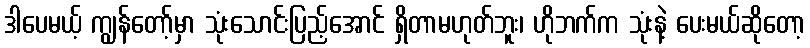
ဒါပေမယ့် ကျွန်တော့်မှာ သုံးသောင်းပြည့်အောင် ရှိတာမဟုတ်ဘူး၊ ဟိုဘက်က သုံးနဲ့ ပေးမယ်ဆိုတော့